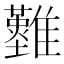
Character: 𩁘